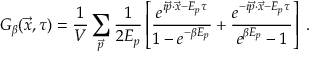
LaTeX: G _ { \beta } ( \vec { x } , \tau ) = { \frac { 1 } { V } } \sum _ { \vec { p } } { \frac { 1 } { 2 E _ { p } } } \left[ { \frac { e ^ { i \vec { p } \cdot \vec { x } - E _ { p } \tau } } { 1 - e ^ { - \beta E _ { p } } } } + { \frac { e ^ { - i \vec { p } \cdot \vec { x } - E _ { p } \tau } } { e ^ { \beta E _ { p } } - 1 } } \right] \; .